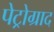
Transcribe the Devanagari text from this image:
पेट्रोग्राद